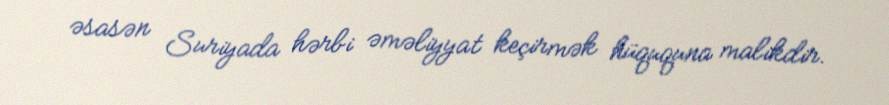
əsasən Suriyada hərbi əməliyyat keçirmək hüququna malikdir.